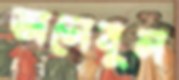
তালেবুল